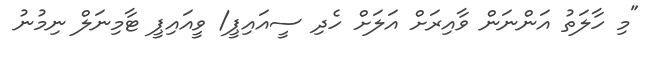
"މި ހާލަތު އަންނަން ވާއިރަށް އަލަށް ހެދި ސީއައިޕީ/ ވީއައިޕީ ޓާމިނަލް ނިމުނު